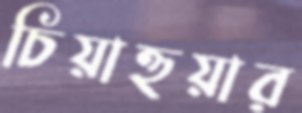
চিয়াহুয়ার